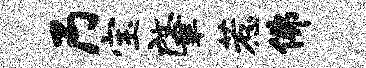
乃宝肇惹佛